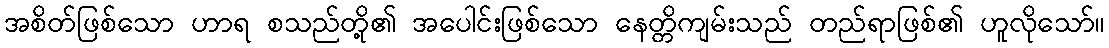
အစိတ်ဖြစ်သော ဟာရ စသည်တို့၏ အပေါင်းဖြစ်သော နေတ္တိကျမ်းသည် တည်ရာဖြစ်၏ ဟူလိုသော်။